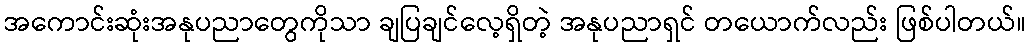
အကောင်းဆုံးအနုပညာတွေကိုသာ ချပြချင်လေ့ရှိတဲ့ အနုပညာရှင် တယောက်လည်း ဖြစ်ပါတယ်။